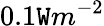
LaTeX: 0.1\mathtt{W}m^{-2}